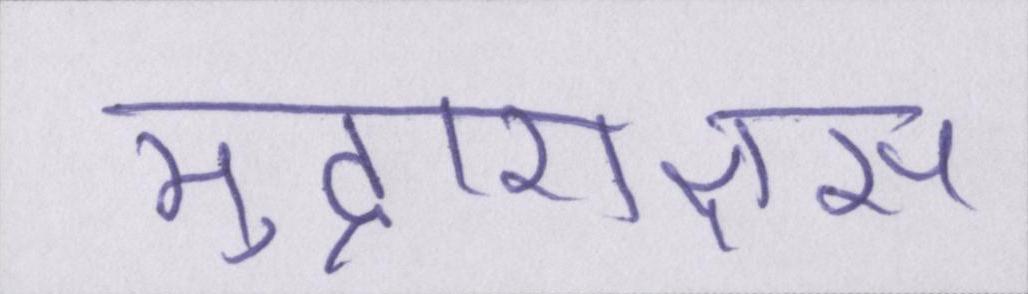
मुद्राराक्षस